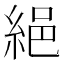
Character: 𦀕